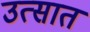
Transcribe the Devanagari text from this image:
उत्सात